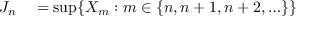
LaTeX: \begin{array} { r l } { J _ { n } } & { { } = \operatorname* { s u p } \{ X _ { m } : m \in \{ n , n + 1 , n + 2 , \ldots \} \} } \end{array}